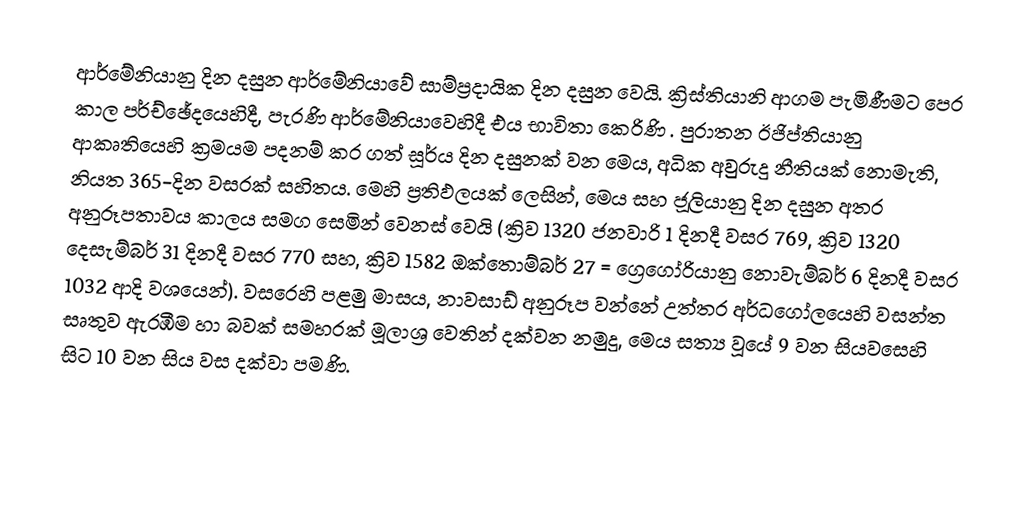
ආර්මේනියානු දින දසුන  ආර්මේනියාවේ සාම්ප්‍රදායික දින දසුන වෙයි.  ක්‍රිස්තියානි ආගම පැමිණීමට පෙර කාල පර්ච්ඡේදයෙහිදී, පැරණි ආර්මේනියාවෙහිදී එය භාවිතා කෙරිණි .  පුරාතන ඊජිප්තියානු ආකෘතියෙහි ක්‍රමයම පදනම් කර ගත් සූර්ය දින දසුනක් වන මෙය, අධික අවුරුදු නීතියක්  නොමැති, නියත 365-දින වසරක් සහිතය. මෙහි ප්‍රතිඵලයක් ලෙසින්, මෙය සහ  ජූලියානු දින දසුන අතර අනුරූපතාවය කාලය සමග සෙමින් වෙනස් වෙයි (ක්‍රිව 1320 ජනවාරි 1 දිනදී වසර 769,  ක්‍රිව 1320 දෙසැම්බර් 31 දිනදී වසර 770 සහ,  ක්‍රිව 1582 ඔක්තොම්බර් 27 = ග්‍රෙගෝරියානු නොවැම්බර් 6 දිනදී වසර 1032 ආදි වශයෙන්). වසරෙහි පළමු මාසය,  නාවසාඩ් අනුරූප වන්නේ උත්තර අර්ධගෝලයෙහි වසන්ත සෘතුව ඇරඹීම හා  බවක් සමහරක් මූලාශ්‍ර වෙතින් දක්වන නමුදු, මෙය සත්‍ය වූයේ 9 වන සියවසෙහි සිට 10 වන සිය වස දක්වා පමණි.